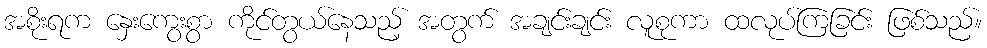
အစိုးရက နှေးကွေးစွာ ကိုင်တွယ်နေသည့် အတွက် အချင်းချင်း လူစုကာ ထလုပ်ကြခြင်း ဖြစ်သည်။